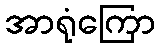
အာရုံကြော